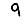
Digit: 9